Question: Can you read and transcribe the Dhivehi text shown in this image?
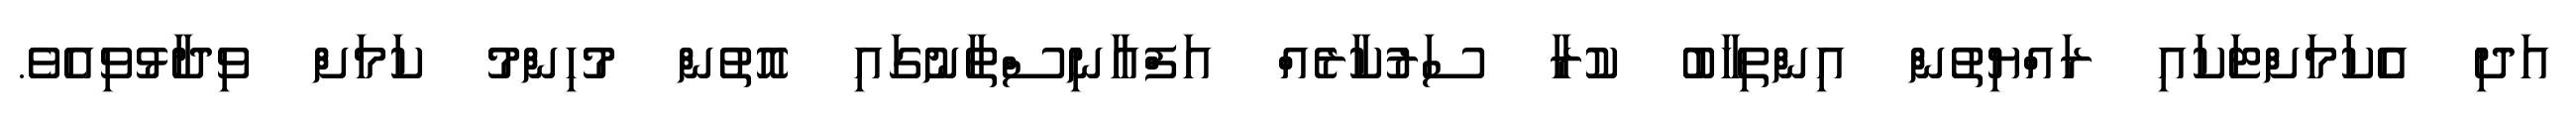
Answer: އަދި އެެކަމަށްޓަކައި ރައްޔިތުން އިންތިހާބު ކުރާ ސަރުކާރެއް އަފްޣާނިސްތާނުގައި އޮތުން މުހިންމު ކަމަށް ވިދާޅުވިއެވެ.